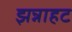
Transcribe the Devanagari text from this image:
झन्नाहट